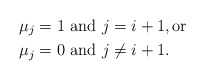
\begin{align*} \mu_j=1 & \mbox{ and } j=i+1,\mbox{or} \\ \mu_j=0 &\mbox{ and } j\neq i+1.\end{align*}